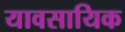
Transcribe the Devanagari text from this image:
यावसायिक